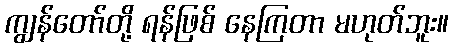
ကျွန်တော်တို့ ရန်ဖြစ် နေကြတာ မဟုတ်ဘူး။